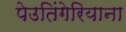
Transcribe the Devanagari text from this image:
पेउतिंगेरियाना